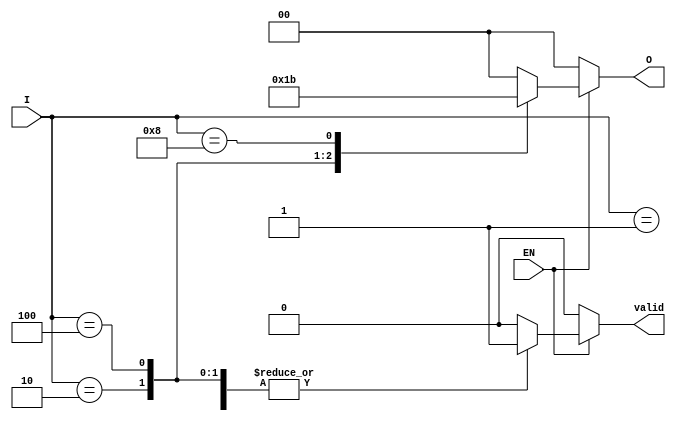
module one_of_n_encoder #(parameter N = 4) (
    input  wire [N-1:0] I,   // Input lines
    input  wire EN,          // Enable signal
    output reg [clog2(N)-1:0] O, // Output lines
    output reg valid         // Indicates if the output is valid
);

// Calculate log2(N) for output size
function integer clog2;
    input integer value;
    begin
        value = value - 1;
        for (clog2 = 0; value > 0; clog2 = clog2 + 1)
            value = value >> 1;
    end
endfunction

always @(*) begin
    if (!EN) begin
        O = {clog2(N){1'b0}};  // Set output to 0 when not enabled
        valid = 1'b0;          // Output is not valid
    end else begin
        case (I)
            4'b0001: begin O = 2'b00; valid = 1'b1; end
            4'b0010: begin O = 2'b01; valid = 1'b1; end
            4'b0100: begin O = 2'b10; valid = 1'b1; end
            4'b1000: begin O = 2'b11; valid = 1'b1; end
            default: begin O = {clog2(N){1'b0}}; valid = 1'b0; end // Undefined state
        endcase
    end
end

endmodule